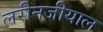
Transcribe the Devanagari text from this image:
लरीनजीयाल